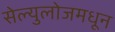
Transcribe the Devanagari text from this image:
सेल्युलोजमधून